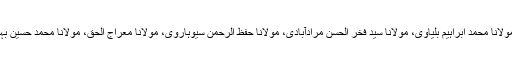
شیخ الاسلام مولانا حسین احمد مدنیؒ کے علاوہ مولانا فخر الدینؒ، مولانا محمد ابراہیم بلیاویؒ، مولانا سید فخر الحسن مرادآبادیؒ، مولانا حفظ الرحمن سیوہارویؒ، مولانا معراج الحقؒ، مولانا محمد حسین بہاری اور حکیم الاسلام مولانا قاری محمد طیبؒ سے استفادہ فرمایا۔